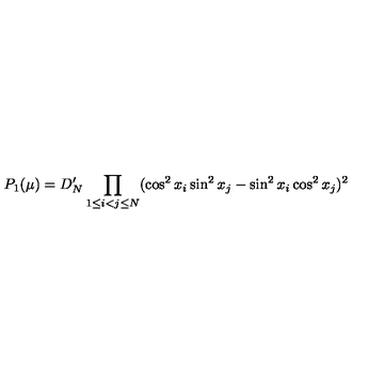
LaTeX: P _ { 1 } ( \mu ) = D _ { N } ^ { \prime } \prod _ { 1 \le i < j \le N } ( \cos ^ { 2 } x _ { i } \sin ^ { 2 } x _ { j } - \sin ^ { 2 } x _ { i } \cos ^ { 2 } x _ { j } ) ^ { 2 }